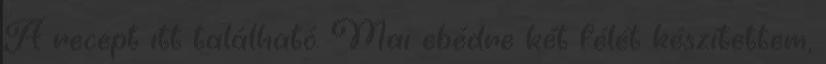
A recept itt található. Mai ebédre két félét készítettem,